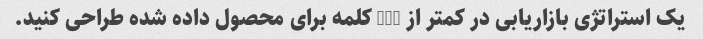
یک استراتژی بازاریابی در کمتر از 100 کلمه برای محصول داده شده طراحی کنید.